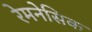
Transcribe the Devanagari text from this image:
रेमनेसिक